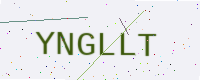
Text: YNGLLT